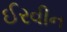
ઈરવીન